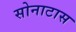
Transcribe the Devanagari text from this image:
सोनाटास